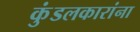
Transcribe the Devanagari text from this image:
कुंडलकारांना